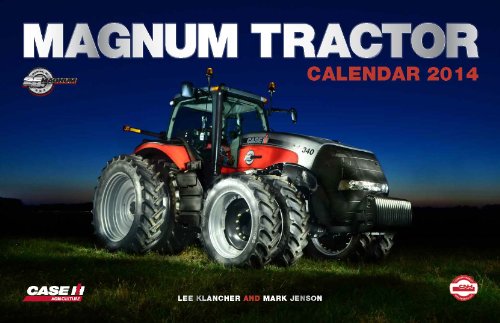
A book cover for Magnum Tractors Calendar 2014; Lee Klancher; Calendars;